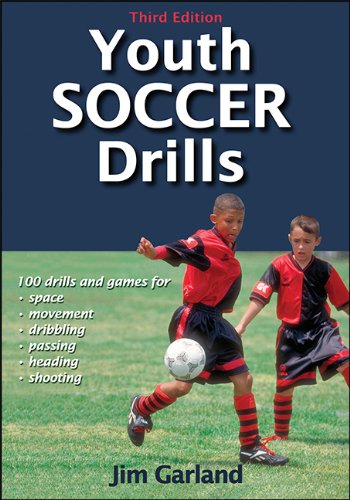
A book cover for Youth Soccer Drills-3rd Edition; Jim Garland; Sports & Outdoors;